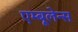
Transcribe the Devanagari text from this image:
एम्बूलेन्स